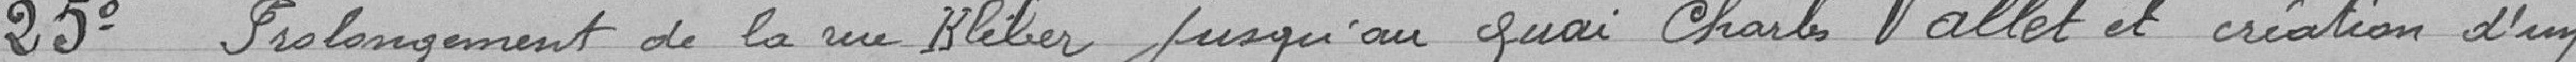
25° Prolongement de la rue Kléber jusqu'au quai Charles Vallet et création d'un